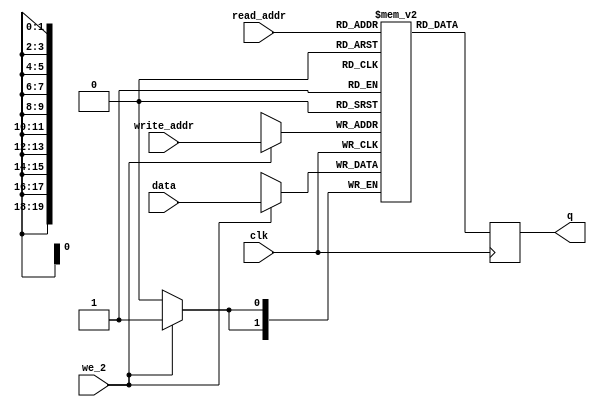
module FB_blue_mem
#(parameter DATA_WIDTH=2, parameter ADDR_WIDTH=20)
(
	input [(DATA_WIDTH-1):0] data,  
	input [(ADDR_WIDTH-1):0] read_addr, write_addr, 
	input we_2, clk,
	output reg [(DATA_WIDTH-1):0] q
);

	// Declare the RAM variable
	reg [DATA_WIDTH-1:0] b_ram[614399:0];
	
	always @ (posedge clk)
	begin
		// Write
		if (we_2)
		   begin
			b_ram[write_addr] <= data;
         end	
	end
	
	always @ (posedge clk)
	begin
			//read
       	q <= b_ram[read_addr];
         // overwrite by zero
		   //b_ram[read_addr] = 0 ;
	end
	
endmodule